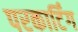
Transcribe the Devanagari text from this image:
परकार्टिंग